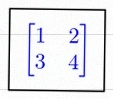
\begin{bmatrix}1&2\\3&4\end{bmatrix}